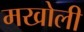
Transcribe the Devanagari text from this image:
मखोली